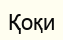
Қоқи